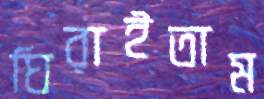
ঘিরাইতাম